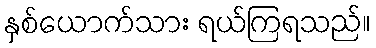
နှစ်ယောက်သား ရယ်ကြရသည်။